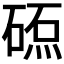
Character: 𥔕